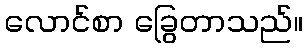
လောင်စာ ခြွေတာသည်။